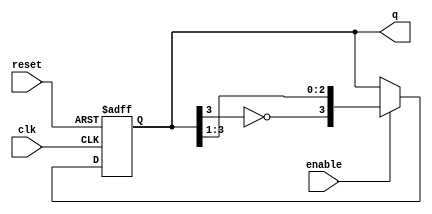
module johnson_counter (
    input wire clk,                // Clock input
    input wire reset,              // Asynchronous reset
    input wire enable,             // Enable signal
    output reg [3:0] q             // 4-bit output representing the counter state
);

    always @(posedge clk or posedge reset) begin
        if (reset) begin
            // Asynchronous reset
            q <= 4'b0000;           // Initialize counter to 0
        end else if (enable) begin
            // Johnson counter operation
            q <= {~q[3], q[3:1]};   // Shift and invert the last bit
        end
        // If enable is not asserted, the current state is retained
    end

endmodule